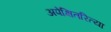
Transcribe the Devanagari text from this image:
अपेक्षितरित्या